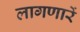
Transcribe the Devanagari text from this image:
लागणारें